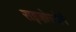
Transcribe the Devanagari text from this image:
राइज़ोस्टोमे